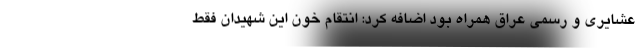
عشایری و رسمی عراق همراه بود اضافه کرد: انتقام خون این شهیدان فقط